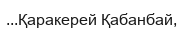
...Қаракерей Қабанбай,